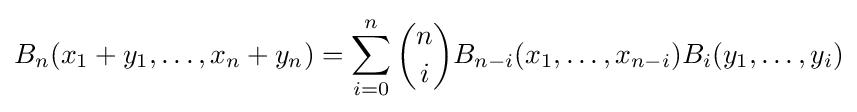
B_{n}(x_{1}+y_{1},\ldots ,x_{n}+y_{n})=\sum _{i=0}^{n}{n \choose i}B_{n-i}(x_{1},\ldots ,x_{n-i})B_{i}(y_{1},\ldots ,y_{i})